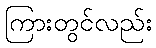
ကြားတွင်လည်း